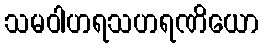
သမဝါဟရသဟရဏိယော